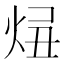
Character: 𤈓